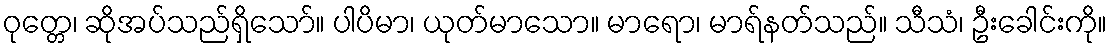
ဝုတ္တေ၊ ဆိုအပ်သည်ရှိသော်။ ပါပိမာ၊ ယုတ်မာသော။ မာရော၊ မာရ်နတ်သည်။ သီသံ၊ ဦးခေါင်းကို။